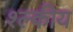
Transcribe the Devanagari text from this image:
श्ल्कीय